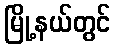
မြို့နယ်တွင်